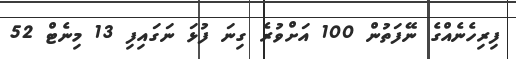
ފިރިހެނެއްގެ ނޭފަތުން 100 އަށްވުރެ ގިނަ ފުޅަ ނަގައިފި 13 މިނެޓް 52